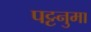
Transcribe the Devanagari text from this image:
पट्टनुमा